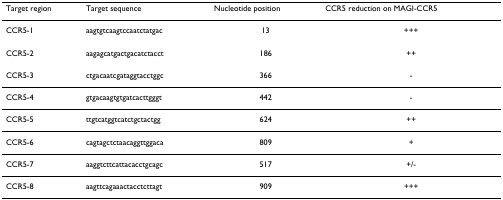
<table><thead><tr><td><b>Target region</b></td><td><b>Target sequence</b></td><td><b>Nucleotide position</b></td><td><b>CCR5 reduction on MAGI-CCR5</b></td></tr></thead><tbody><tr><td>CCR5-1</td><td>aagtgtcaagtccaatctatgac</td><td>13</td><td>+++</td></tr><tr><td>CCR5-2</td><td>aagagcatgactgacatctacct</td><td>186</td><td>++</td></tr><tr><td>CCR5-3</td><td>ctgacaatcgataggtacctggc</td><td>366</td><td>-</td></tr><tr><td>CCR5-4</td><td>gtgacaagtgtgatcacttgggt</td><td>442</td><td>-</td></tr><tr><td>CCR5-5</td><td>ttgtcatggtcatctgctactgg</td><td>624</td><td>++</td></tr><tr><td>CCR5-6</td><td>cagtagctctaacaggttggaca</td><td>809</td><td>+</td></tr><tr><td>CCR5-7</td><td>aaggtcttcattacacctgcagc</td><td>517</td><td>+/-</td></tr><tr><td>CCR5-8</td><td>aagttcagaaactacctcttagt</td><td>909</td><td>+++</td></tr></tbody></table>